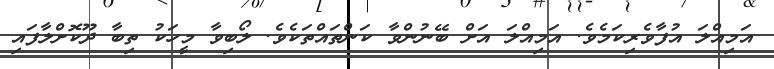
އަމިއްލަ އުފާވެރިކަމެވެ. އަމިއްލަ އަށް ބޭނުންވާ ކަންތައްތަކެވެ. ލޯބިވާ މީހަކު ތިބާ ދޫކޮށްލާފައި